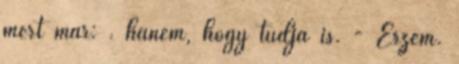
mert már: . hanem, hogy tudja is. - Érzem.